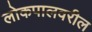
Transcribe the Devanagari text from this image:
लोकपालवरील